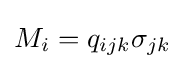
M_{i}=q_{ijk}\sigma _{jk}